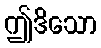
ဤဒိသော